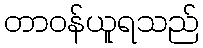
တာဝန်ယူရသည်